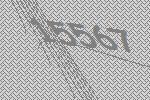
15567